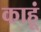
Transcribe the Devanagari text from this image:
काहूं